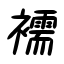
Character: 襦